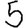
Digit: 5